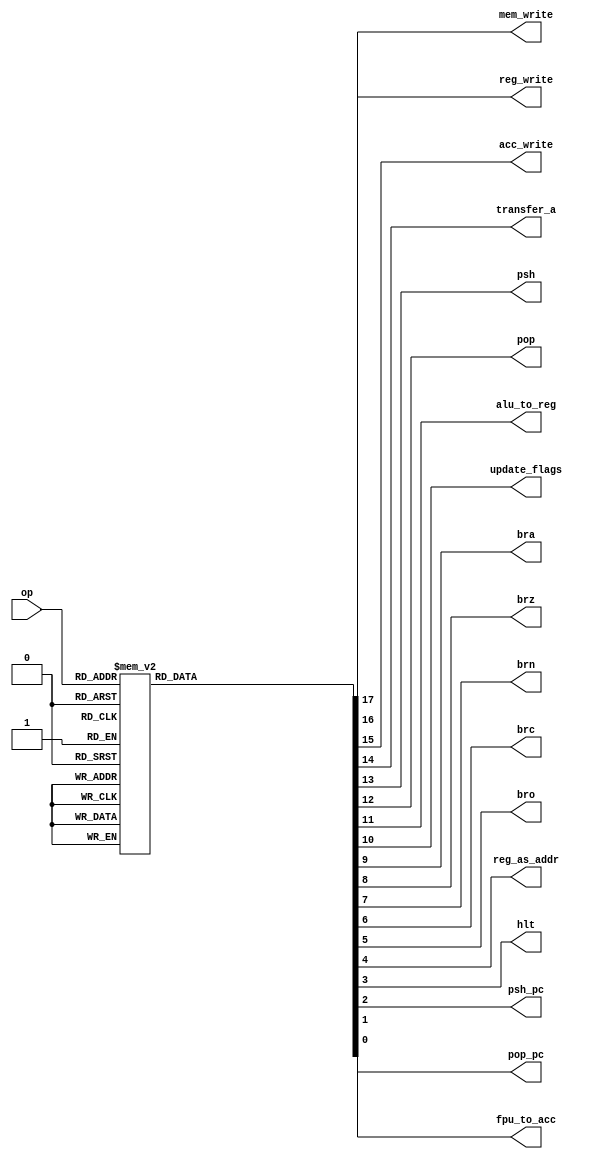
`timescale 1ns / 1ps
//////////////////////////////////////////////////////////////////////////////////
// Company: 
// Engineer: 
// 
// Design Name: 
// Module Name: main_dec
// Project Name: 
// Target Devices: 
// Tool Versions: 
// Description: 
// 
// Dependencies: 
// 
// Revision:
// Revision 0.01 - File Created
// Additional Comments:
// 
//////////////////////////////////////////////////////////////////////////////////


module main_dec(
    input  [5:0] op,
    output       mem_write,
    output       reg_write,
    output       acc_write,
    output       transfer_a,
    output       psh,
    output       pop,
    output       alu_to_reg,
    output       update_flags,
    output       bra,
    output       brz,
    output       brn,
    output       brc,
    output       bro,
    output       reg_as_addr,
    output       hlt,
    output       psh_pc,
    output       pop_pc,
    output       fpu_to_acc
);

reg [17:0] controls;

assign {mem_write, reg_write, acc_write, transfer_a, psh, pop, alu_to_reg, update_flags, bra, brz, brn, brc, bro, reg_as_addr, hlt, psh_pc, pop_pc, fpu_to_acc} = controls;

always @ (*)
    case(op)
        6'b000000: controls <= 18'b000000000000001000; // HLT
        // MEM OP CODES                          
        6'b000001: controls <= 18'b010000000000000000; // LDR
        6'b000010: controls <= 18'b100000000000000000; // STR
        6'b000011: controls <= 18'b000010000000000000; // PSH
        6'b000100: controls <= 18'b010001000000000000; // POP
        6'b000101: controls <= 18'b010000000000010000; // LDR (TREAT REG VALUE AS ADDRESS)
        6'b001011: controls <= 18'b100000000000010000; // STR (TREAT REG VALUE AS ADDRESS)
        // BRANCH OP CODE                         
        6'b000110: controls <= 18'b000000001000000000; // BRA
        6'b000111: controls <= 18'b000000000100000000; // BRZ
        6'b001000: controls <= 18'b000000000010000000; // BRN
        6'b001001: controls <= 18'b000000000001000000; // BRC
        6'b001010: controls <= 18'b000000000000100000; // BRO
        6'b001100: controls <= 18'b000000001000000100; // JMP
        6'b001101: controls <= 18'b000000000000000010; // RET
        // FPU                                     
        6'b001110: controls <= 18'b001000000000000001; // FPADD
        6'b001111: controls <= 18'b001000000000000001; // FPMUL
        6'b010000: controls <= 18'b001000000000000001; // FPSUB
        // ALU OP CODES                          
        6'b100000: controls <= 18'b001000010000000000; // ADD
        6'b100001: controls <= 18'b001000010000000000; // SUB
        6'b100110: controls <= 18'b010100010000000000; // TRANSFER A
        6'b100111: controls <= 18'b010000110000000000; // MOV TO REG
        6'b101000: controls <= 18'b001000010000000000; // MUL
        6'b101001: controls <= 18'b001000010000000000; // LSR
        6'b101010: controls <= 18'b001000010000000000; // LSL
        6'b101011: controls <= 18'b001000010000000000; // RSR
        6'b101100: controls <= 18'b001000010000000000; // RSL
        6'b101101: controls <= 18'b001000010000000000; // DIV
        6'b101110: controls <= 18'b001000010000000000; // MOD
        6'b101111: controls <= 18'b001000010000000000; // AND
        6'b110000: controls <= 18'b001000010000000000; // OR
        6'b110001: controls <= 18'b001000010000000000; // XOR
        6'b110010: controls <= 18'b001000010000000000; // NOT
        6'b110011: controls <= 18'b010000110000000000; // INC
        6'b110100: controls <= 18'b010000110000000000; // DEC
        6'b110101: controls <= 18'b000000010000000000; // CMP
        6'b110110: controls <= 18'b000000010000000000; // TST
        6'b110111: controls <= 18'b001000010000000000; // TRANSFER REG TO ACC
        6'b111000: controls <= 18'b010000110000000000; // ADDI
        6'b111001: controls <= 18'b010000110000000000; // SUBI
        6'b111010: controls <= 18'b010000110000000000; // MULI
        6'b111011: controls <= 18'b010000110000000000; // LSRI
        6'b111100: controls <= 18'b010000110000000000; // LSLI
        6'b111101: controls <= 18'b010000110000000000; // DIVI
        6'b111110: controls <= 18'b010000110000000000; // MODI
        default:   controls <= 18'bxxxxxxxxxxxxxxxxxx; // ???
    endcase
    
endmodule